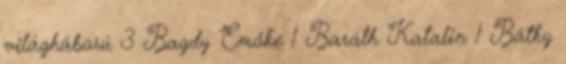
világháború 3 Bagdy Emőke 1 Baráth Katalin 1 Bátky